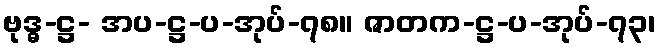
ဗုဒ္ဓ-ဋ္ဌ- အပ-ဋ္ဌ-ပ-အုပ်-၇၈။ ဇာတက-ဋ္ဌ-ပ-အုပ်-၇၃၊